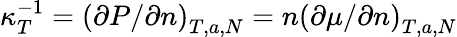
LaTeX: \kappa_{T}^{-1}=\left(\partial P/\partial n\right)_{T,a,N}=n\left(\partial\mu/\partial n\right)_{T,a,N}